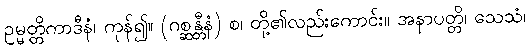
ဥမ္မတ္တိကာဒီနံ၊ ကုန်၍။ (ဂစ္ဆန္တီနံ) စ၊ တို့၏လည်းကောင်း။ အနာပတ္တိ၊ သေသံ၊